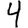
Digit: 4